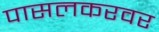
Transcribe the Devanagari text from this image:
पासलकरवर